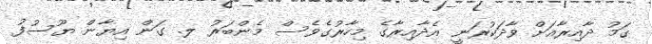
ގަމު ދާއިރާއަށް ވާދަކުރަނީ އެދާއިރާގެ މިހާރުގެވެސް މެންބަރު ލ. ގަން އިޔާން ޔޫސުފު